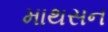
માથસન